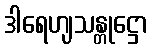
ဒါရေဟျသန္တုဋ္ဌော